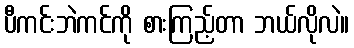
ပီကင်းဘဲကင်ကို စားကြည့်တာ ဘယ်လိုလဲ။